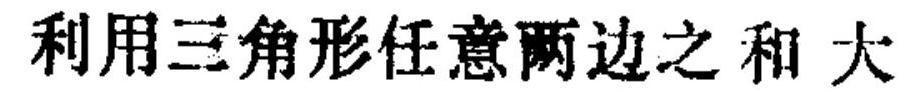
利用三角形任意两边之和 大